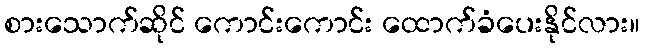
စားသောက်ဆိုင် ကောင်းကောင်း ထောက်ခံပေးနိုင်လား။